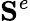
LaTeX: {\mathbf S}^{e}